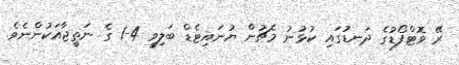
ރޭ ވޮޓްފޯޑުގެ ދަނޑުގައި ކުޅުނު މެޗުން ޔުނައިޓެޑް ބަލިވީ 4-1 ގެ ނަތީޖާއަކުންނެވެ.